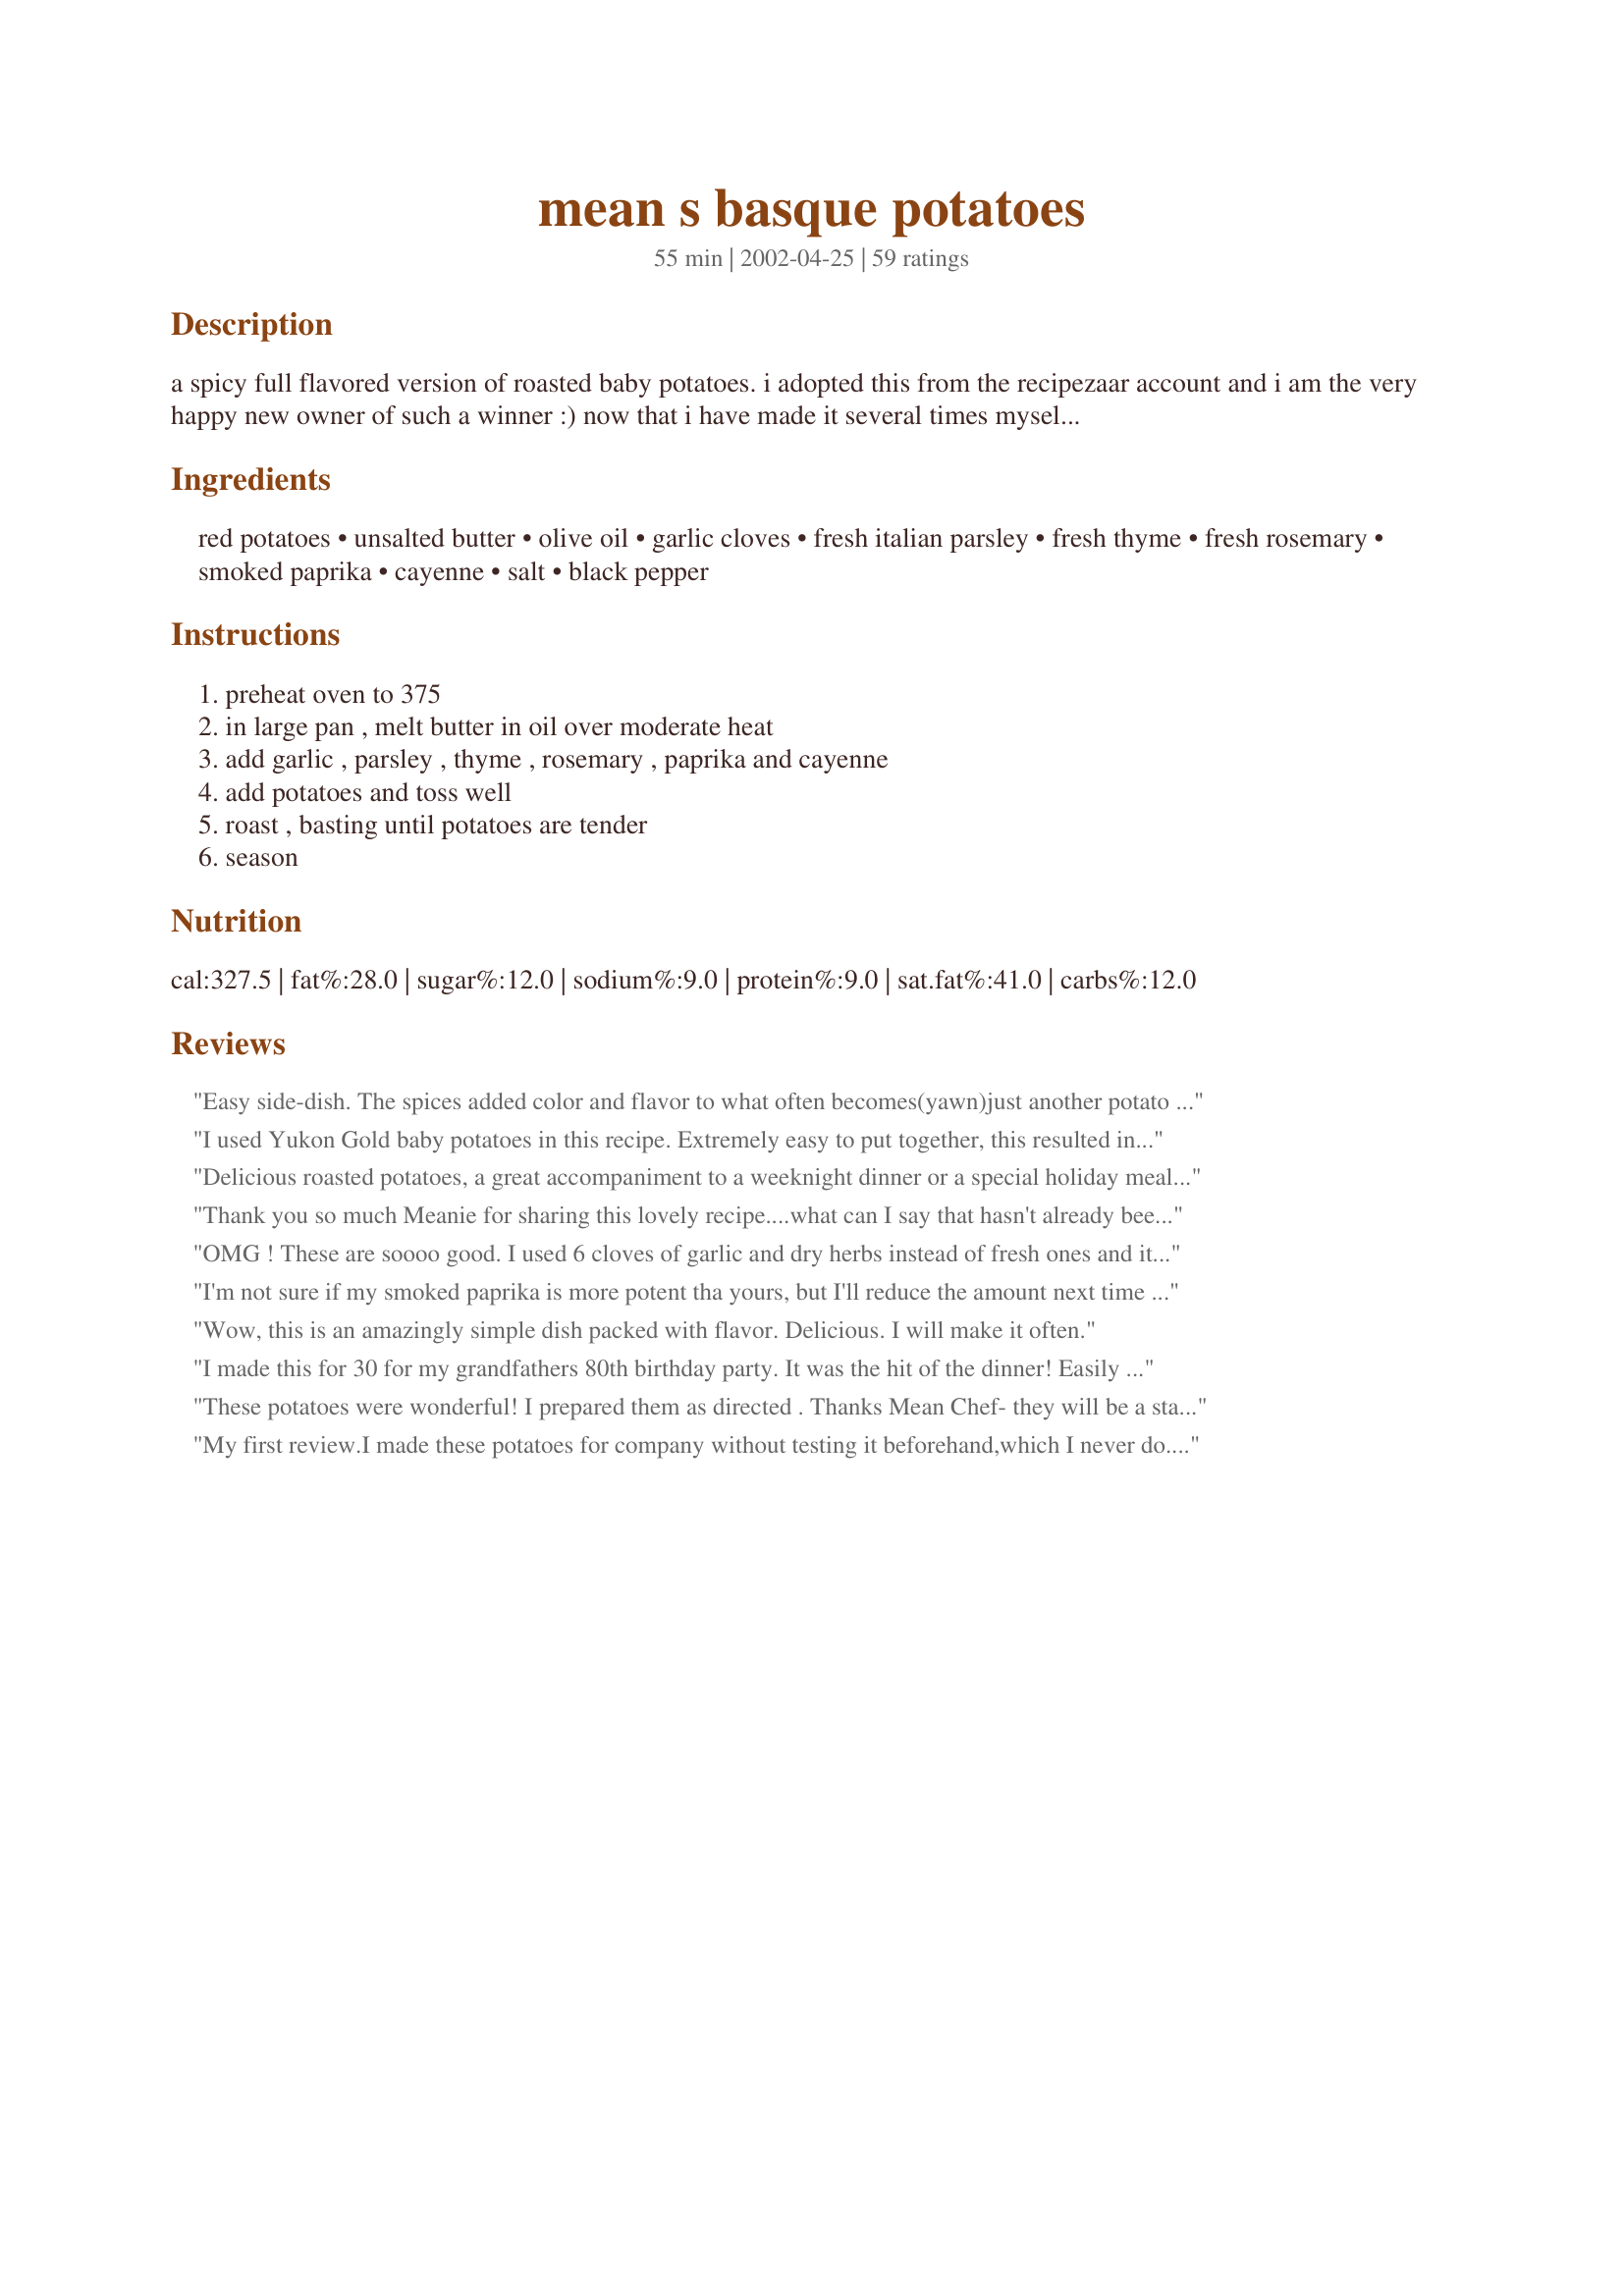
mean s basque potatoes
Preparation time: 55 minutes

a spicy full flavored version of roasted baby potatoes. i adopted this from the recipezaar account and i am the very happy new owner of such a winner :) now that i have made it several times myself, i totally agree with reviewers recomendations to add carrots to this too. i have also added cubed sweet potato, but be aware that they will be fairly soft, rather than crunchy like the potatoes. a firm favourite in our home from now on ! enjoy :)
oven time depends on how much you are making.. mine took 45 minutes for the potatoes to be nice and crunchy. it serves 4 at our place... 6 would be fighting each other for the biggest serving lol.

Ingredients:
red potatoes, unsalted butter, olive oil, garlic cloves, fresh italian parsley, fresh thyme, fresh rosemary, smoked paprika, cayenne, salt, black pepper

Steps:
preheat oven to 375, in large pan , melt butter in oil over moderate heat, add garlic , parsley , thyme , rosemary , paprika and cayenne, add potatoes and toss well, roast , basting until potatoes are tender, season

Reviews:
Easy side-dish. The spices added color and flavor to what often becomes(yawn)just another potato dish. This a good dish to consider when you are cooking for a crowd.
I used Yukon Gold baby potatoes in this recipe. Extremely easy to put together, this resulted in a beautiful deep brown, full flavored potato. The texture was amazing, a nice firmness from the roasted skin, with a melt in your mouth texture on the inside. This dish would go well with any type of main meat dish in my opinion. My family throughly enjoyed it.
Delicious roasted potatoes, a great accompaniment to a weeknight dinner or a special holiday meal. Thanks for sharing, Mean!
Thank you so much Meanie for sharing this lovely recipe....what can I say that hasn't already been stated, these potatoes are wonderful, flavourful, and very easy to prepare....we enjoyed them very much...BK
OMG ! These are soooo good. I used 6 cloves of garlic and dry herbs instead of fresh ones and it still came out wonderful. Me and my husband finished them all in one night. Thanks a lot.
I'm not sure if my smoked paprika is more potent tha yours, but I'll reduce the amount next time so it doesn't dominate all the other flavours. These were a nice change from regular potatoes though. Thanks.
Wow, this is an amazingly simple dish packed with flavor. Delicious. I will make it often.
I made this for 30 for my grandfathers 80th birthday party. It was the hit of the dinner! Easily adapted to larger numbers. I used baby reds and only made a small portion with the cayenne as we had a lot of kids and older people whom I did not want to send in to spice fits. The core group of cooks ate the recipe as is and we decided that it is perfect. Thanks MEAN for a recipe that made me look good with the family.
These potatoes were wonderful! I prepared them as directed . Thanks Mean Chef- they will be a staple at our house from now on!!
My first review.I made these potatoes for company without testing it beforehand,which I never do.And these were a huge hit.The flavor is outstanding.I wouldn't change anything,ther than doubling the recipe.
Really good, really easy potato dish. Lots of flavors to play around with and adjust to your family's likings. We like it spicy! I'll have to try it with carrots and/or sweet potatoes added in next time. Thanks for sharing!
Terrific!!! I followed the recipe to a "T" but added a pound of mostly cooked bacon. I did not have smoked paprika (only reg pap) so I thought bacon would add that Smokey flavor. I highly recommend this.<br/>Served this at a dinner party with Tbone steaks. Big hit!
Another 5 star review for this recipe's collection. These were simply delicious. Cutting the potatoes into small cubes meant they didn't take a long time to cook. This is very appreciated after a long day at work. Made for Every Day is a Holiday Tag.
AMAZING. These were great and super easy. I omitted the cayenne, as I'm cooking for 2 little ones who don't care for spicy dishes. VERY good, will be making these again.
just fab. so easy. made for everyday holiday tag.
I love cooking with fresh herbs, Rosemary thrives in the desert, Thyme survives in partial shade, but parsley has a short life cycle in a hot climate. I would make this again even if I had to purchase the herbs. I used red skin potatoes and had to substitute sweet paprika. Basting with the garlic and herb butter-oil resulted in beautifully browned potatoes with the flavors of Rosemary, Thyme, and garlic enhanced by a bit of heat from the red pepper. Thanks Mean Chef!
Hi! I used red new potatoes and just peeled off the skin around the center. I baked an hour, side by side with a corn casserole #45146. Excellent recipe! Thanks, Mean Chef!
Very good... Cooked it part way and carried it to a neighbors in a tin foil pkg.. Finished it off on the grill. Very tasty accompaniment to beef. I used baby white potatoes sliced 1/4".Nora
Yum Yum, had these with dinner last night, was so happy to have something to use my fresh herbs in...these were delicious and very moorish..Master 2 devoured these eating all that was on my plate as well as his own and then went back for thirds!! Thanks for posting!
I was told I just had to try this recipe and I am so glad I did. I made these potatoes to accompany a pork roast and the flavors were fabulous together. We loved the taste of the herbs and the crunchy on the outside-fluffy on the inside textures. Thank you for sharing this one.
I usually make mine exactly like these, but have never add the smoked paprika before or the butter. This is a very good recipe. Had it with roasted chicken tonight.
A lovely fragrant way to make potatos. The ingrediants didn't take much time to prepare and once in the oven needed very little attention. I served these with sackville girl's Butter Bean and Chozorio Chicken (also delicious) both recipes use smoked paprika.
Fantastic! Great accompaniment to our Memorial Day BBQ - steaks and corn!!!
Delicious potatoes with great seasoning and texture. I loved these.
These are great potatoes - my kids eat them up. And they are very verstaile . I serve them about once a week. Thanks for a keeper MEAN CHEF
Delicious potatoes! I really like that they are made with butter instead of olive oil like most roasted potato recipes. Not overly greasy at all. This is how I will be making my potatoes from now on. Thanks for posting this winner Kiwi!
I was looking for something to go with my pancetta and manchego cheese on ciabatta sandwiches. I had some baby red potatoes that I needed to use up. I just eyeballed the herbs and garlic and then added the quartered potatoes. The end result was fabulous! I'll definitely be making these again!
Excellent recipe. I followed exactly as stated except I used roasted garlic olive oil. I will be making this many more times.
I used red potatoes and added onion and garlic powder also. Even dbf, who isn't a huge potato fan really liked them. Took about 40 minutes at 350 basting every 10 to get them nice and crispy. Defiantly will be making again.
I added 6 cloves of garlic, otherwise exactly to recipe. Really good. I went to the garden and under the leaves found enough herbs and I am glad I did. Thanks Mean Chef!
Outstanding!I thought the oil butter combination was too much at first but it really wasn't.I cut up my potatoes and left the skins on. It took me about an hour to get them they way I like them. I seasoned them with salt and pepper and served them with a chicken dish I made. I loved them and will be making them again.
Great! Used on the grill but will try the oven when weather is cooler. Thanks!
These were so tasty and so easy to prepare! I halved the recipe and we were stuffed by the end of dinner! I loved the fresh herbs with the potatoes!
These were so tasty and easy to make. I will definitely be making them again.
A delicious easy, tasty and addictive recipe. We loved them and they will be a standard at our place - thanks Kiwidutch for posting!
A great combination of flavors! I forgot the cayenne, but I don't think the dish suffered for that. The paprika adds such a wonderful flavor to the potatoes.
I had no rosemary so I substituted basil. Heck any herbs will do with this delicious side dish. I cooked until slightly crisp. I tried this months ago and forgot to rate it. Since then DH and his son always ask for these over any potato, they call them the really good potatoes I make and My step-son who is 10 now makes them on his own.
Loved the taste and the color! Made for ZWT3. Thank you kiwi!
Thank you Kiwi for a really tasty potatoe dish just bursting with flavour and enjoyed by all. I used a mixture of potatoes, sweet potatoe and carrott and served with chicken kabobs and peas. It didn't come out crispy but I was expecting that because of the variety of potatoe I used. Next time though I will add just a smidgen more cayenne.
Oh so delicious! I added turmeric for color, and turned the oven up to 425 after about 20 minutes because I had become impatient smelling them cook! The were gorgeous, perfect amount of crispiness, and great depth of flavor. Thanks!
These potatoes are so flavorful! You can not go wrong with this recipe. No changes were necessary. Thanks for sharing!
These were wonderful. Fairly easy to make & tasted great. No leftovers with 4 of us at the table. I overdid the cayenne just a little, but it was still great. Thanks kiwi for sharing this.
Great taste, so little effort. You really have to try this one, it's do good and easy. I added some squash to the potatoes and it tasted great too.
Beautiful and delicious way to present the potato. I made half the potatoes and used half the dry spices as a dry rub for a pork tenderloin. They both roasted at the same time and we enjoyed a great meal with minimal effort.
What a wonderful, easy, outstanding potato dish! This got a double thumbs-up from my potato-picky son, and he and my daughter fought over the last of it. I didn't have smoked paprika, but now it's on my shopping list. I've made this a few times now, and one day when I was feeling especially lazy I added my carrots to the potatoes (skins on) and roasted them together, served it with a roasted chicken for an easy but excellent meal. I've made it with dried home-grown herbs, but I'm looking forward to spring when my herb garden comes back so I can try it with fresh. Great recipe, MEAN CHEF!
Great and basic roast potatoes recipe. But nothing Basque about this. lol
Left out cayenne...not into spicy.
Mmmmmm...I could eat this for breakfast, lunch and dinner :-) I just can't get enough. I followed the recipe exactly, but reduced the amount to two servings. Now I wish I didn't! Thank you so much for sharing this company worthy side dish.
This is a wonderful roasted potato recipe! I snipped the herbs so they were extra fresh and the combination of the three was just heavenly! The smoked paprika was perfect. These are just fabulously easy and flavorful. I used a cast iron pot on top of the stove so that I could toss it in the oven. I did not "baste" the potatoes, I just stirred and flipped and they never dried out. I had to cook them at 400 because I was also cooking a chicken and they were done in about 20-25 minutes.
I'm not one to have stuff swimming in oil, so I reduced the butter to 2 tbsp and the olive oil to 1 tbsp. It still turned out beautifully, nice flavour. Wonderful spicy smell while cooking.
I halved the serving for this dish as I needed it for three people. I followed the directions as suggested and it worked out nicely. The flavours were full of spice but not overpowering. The spuds were crunchy as I left it in the oven for 45 mins as directed. It was a perfect side dish, everyone enjoyed it as there were no leftovers. Thank you kiwidutch
Delicious recipe that I made for Easter! Mine took longer to cook than expected probably about 10 - 20 minutes more but also I started the potatoes out at 350 degrees as the ham was cooking and then bumped it up. Other than that everything went well and they were great!
These were good. I used dried thyme and 1/8 tsp cayenne. I would use a little more cayenne and garlic next time. Thanks for posting.
Wow!! This is now my favorite way to eat potatoes. So Yummy!! Smells great too. I've made this twice now, once on the grill. You can make it in a foil packet(more steamed this way) or open which i like better (caramalized and crisp)!Served with grilled chicken and steak. It does take an hour in the oven.
I used Hongarian paprika. Didn't use cayenne. We cooked them in foil on the bbq instead of in the oven. The potatoes were tender and delicious. Made for ZWT 3
These were scrumptious . . . added elephant garlic to the mix of postatoes and it was perfect. Thanks for sharing.
A fabulously easy and scrumptious side dish. Nice crisped potatoes with a little kick of heat. Mine took almost an hour to bake. ***UPDATE*** These are so good, I had to comment again. This time I added some grated pecorino during the last 15 minutes of baking. It made a nice, crunchy topping for the potatoes.
Delicious! These were great! I could even imagine having these at breakfast...sort of like country style hash browns. I'll definitely use this recipe again. Thanks for posting. I made this for Everyday is a Holiday tag.
What a great side dish. It is very simple, but has an easy elegance. Special enough for company and easy enough for every night.
